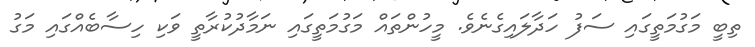
ތިބީ މަގުމަތީގައި ސަފު ހަދާލައިގެނެވެ. މީހުންތައް މަގުމަތީގައި ނަމާދުކުރާތީ ވަކި ހިސާބެއްގައި މަގު